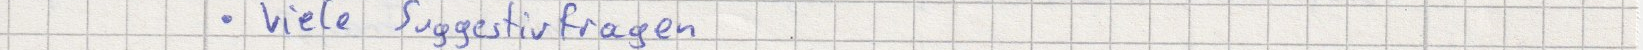
Viele Suggestivfragen